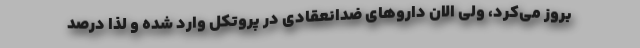
بروز می‌کرد، ولی الان داروهای ضدانعقادی در پروتکل وارد شده و لذا درصد